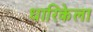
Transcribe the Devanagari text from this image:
धारिकेला